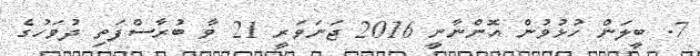
7. ބީލަން ހުޅުވުން އޮންނާނީ 2016 ޖަނަވަރީ 21 ވާ ބުރާސްފަތި ދުވަހުގެ